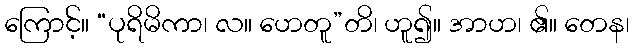
ကြောင့်။ “ပုရိမိကာ၊ လ။ ဟေတူ”တိ၊ ဟူ၍။ အာဟ၊ ၏။ တေန၊